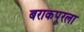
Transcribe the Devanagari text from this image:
बराकपूरला